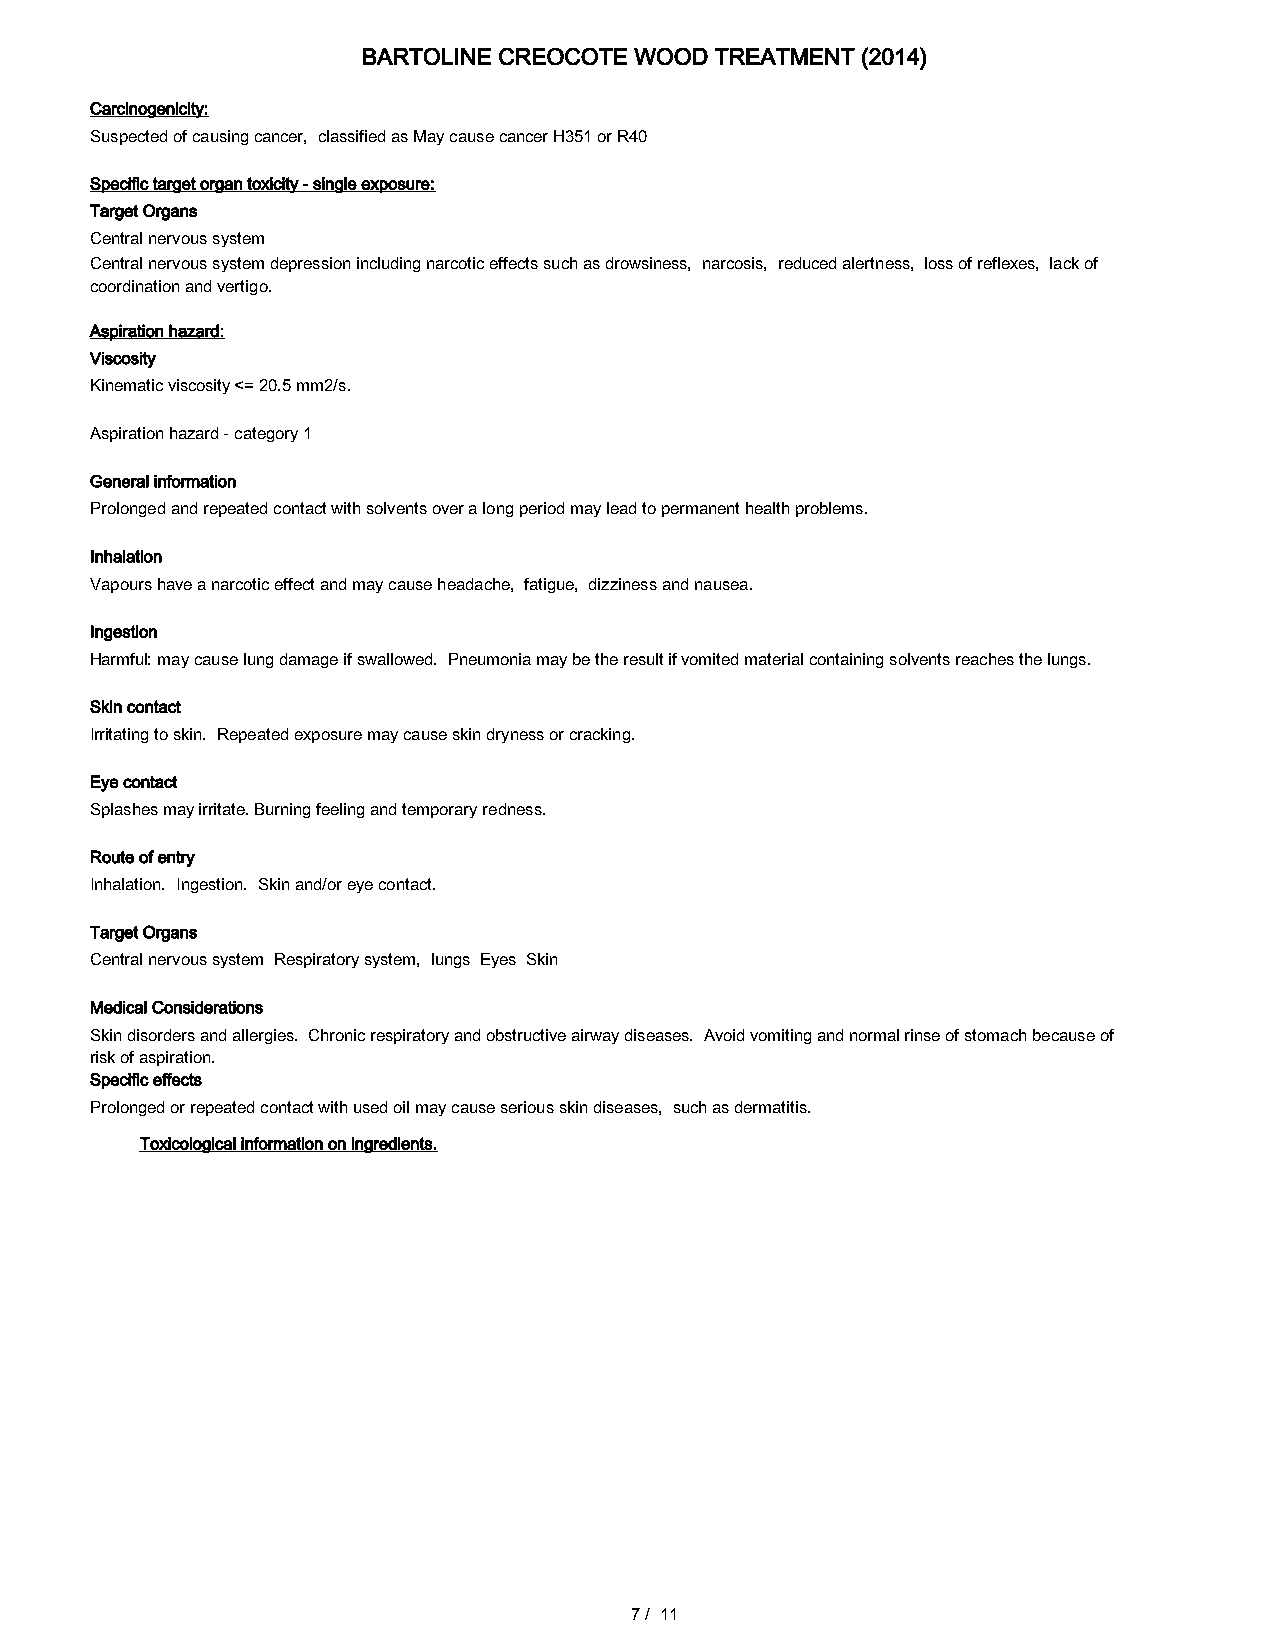
BARTOLINE CREOCOTE WOOD TREATMENT (2014)
 Carcinogenicity:
 Suspected of causing cancer, classified as May cause cancer H351 or R40
 Specific target organ toxicity - single exposure:
 Target Organs
 Central nervous system
 Central nervous system depression including narcotic effects such as drowsiness, narcosis, reduced alertness, loss of reflexes, lack of
 coordination and vertigo.
 Aspiration hazard:
 Viscosity
 Kinematic viscosity <= 20.5 mm2/s.
 Aspiration hazard - category 1
 General information
 Prolonged and repeated contact with solvents over a long period may lead to permanent health problems.
 Inhalation
 Vapours have a narcotic effect and may cause headache, fatigue, dizziness and nausea.
 Ingestion
 Harmful: may cause lung damage if swallowed. Pneumonia may be the result if vomited material containing solvents reaches the lungs.
 Skin contact
 Irritating to skin. Repeated exposure may cause skin dryness or cracking.
 Eye contact
 Splashes may irritate. Burning feeling and temporary redness.
 Route of entry
 Inhalation. Ingestion. Skin and/or eye contact.
 Target Organs
 Central nervous system Respiratory system, lungs Eyes Skin
 Medical Considerations
 Skin disorders and allergies. Chronic respiratory and obstructive airway diseases. Avoid vomiting and normal rinse of stomach because of
 risk of aspiration.
 Specific effects
 Prolonged or repeated contact with used oil may cause serious skin diseases, such as dermatitis.
 Toxicological information on ingredients.
 7/ 11